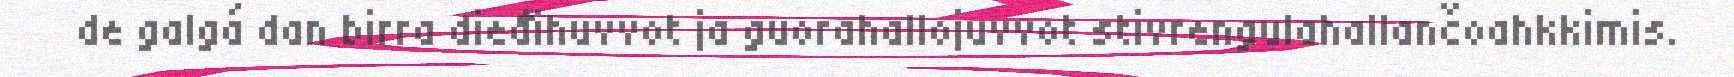
de galgá dan birra dieđihuvvot ja guorahallojuvvot stivrengulahallančoahkkimis.